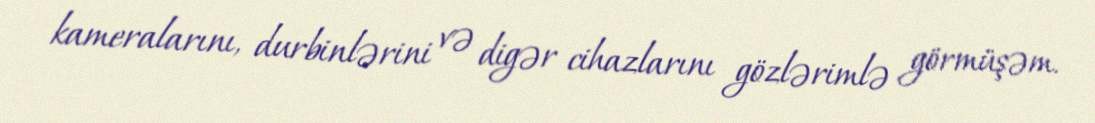
kameralarını, durbinlərini və digər cihazlarını gözlərimlə görmüşəm.